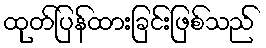
ထုတ်ပြန်ထားခြင်းဖြစ်သည်